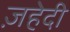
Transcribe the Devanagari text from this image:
ज़हेदी